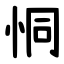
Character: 恫